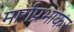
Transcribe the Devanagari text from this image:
मार्गप्रभाकर